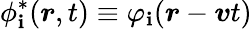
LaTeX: \phi_{\mathbf{i}}^{*}(\boldsymbol{r},t)\equiv\varphi_{\mathbf{i}}(\boldsymbol{r}-\boldsymbol{v}t)